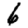
Digit: 6